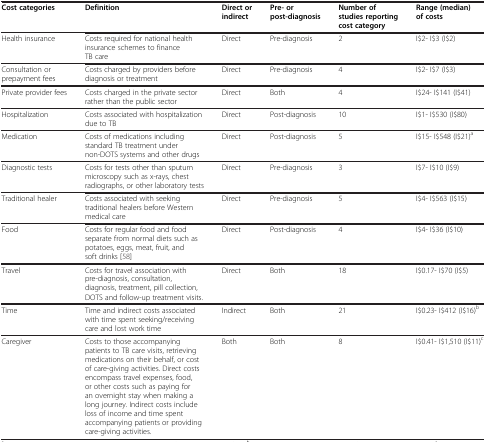
<table><thead><tr><td><b>Cost categories</b></td><td><b>Definition</b></td><td><b>Direct or indirect</b></td><td><b>Pre- or post-diagnosis</b></td><td><b>Number of studies reporting cost category</b></td><td><b>Range (median) of costs</b></td></tr></thead><tbody><tr><td>Health insurance</td><td>Costs required for national health insurance schemes to finance TB care</td><td>Direct</td><td>Pre-diagnosis</td><td>2</td><td>I$2- I$3 (I$2)</td></tr><tr><td>Consultation or prepayment fees</td><td>Costs charged by providers before diagnosis or treatment</td><td>Direct</td><td>Pre-diagnosis</td><td>4</td><td>I$2- I$7 (I$3)</td></tr><tr><td>Private provider fees</td><td>Costs charged in the private sector rather than the public sector</td><td>Direct</td><td>Both</td><td>4</td><td>I$24- I$141 (I$41)</td></tr><tr><td>Hospitalization</td><td>Costs associated with hospitalization due to TB</td><td>Direct</td><td>Post-diagnosis</td><td>10</td><td>I$1- I$530 (I$80)</td></tr><tr><td>Medication</td><td>Costs of medications including standard TB treatment under non-DOTS systems and other drugs</td><td>Direct</td><td>Post-diagnosis</td><td>5</td><td>I$15- I$548 (I$21)<sup>a</sup></td></tr><tr><td>Diagnostic tests</td><td>Costs for tests other than sputum microscopy such as x-rays, chest radiographs, or other laboratory tests</td><td>Direct</td><td>Pre-diagnosis</td><td>3</td><td>I$7- I$10 (I$9)</td></tr><tr><td>Traditional healer</td><td>Costs associated with seeking traditional healers before Western medical care</td><td>Direct</td><td>Pre-diagnosis</td><td>5</td><td>I$4- I$563 (I$15)</td></tr><tr><td>Food</td><td>Costs for regular food and food separate from normal diets such as potatoes, eggs, meat, fruit, and soft drinks [58]</td><td>Direct</td><td>Post-diagnosis</td><td>4</td><td>I$4- I$36 (I$10)</td></tr><tr><td>Travel</td><td>Costs for travel association with pre-diagnosis, consultation, diagnosis, treatment, pill collection, DOTS and follow-up treatment visits.</td><td>Direct</td><td>Both</td><td>18</td><td>I$0.17- I$70 (I$5)</td></tr><tr><td>Time</td><td>Time and indirect costs associated with time spent seeking/receiving care and lost work time</td><td>Indirect</td><td>Both</td><td>21</td><td>I$0.23- I$412 (I$16)<sup>b</sup></td></tr><tr><td>Caregiver</td><td>Costs to those accompanying patients to TB care visits, retrieving medications on their behalf, or cost of care-giving activities. Direct costs encompass travel expenses, food, or other costs such as paying for an overnight stay when making a long journey. Indirect costs include loss of income and time spent accompanying patients or providing care-giving activities.</td><td>Both</td><td>Both</td><td>8</td><td>I$0.41- I$1,510 (I$11)<sup>c</sup></td></tr></tbody></table>